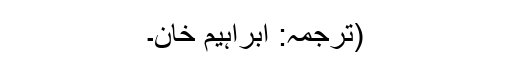
(ترجمہ: ابراہیم خان۔